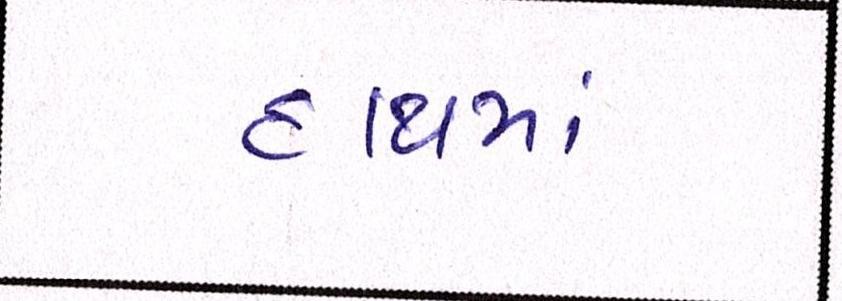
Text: હાથમાં